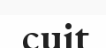
cuit